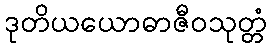
ဒုတိယယောဓာဇီဝသုတ္တံ